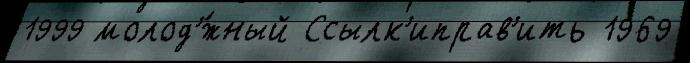
1999 молод'́жный Ссылк'иправ'ить 1969